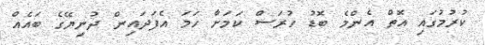
ކުރުމުގައި އޮތް އެންމެ ބޮޑު ހުރަސް ކަމަށާ ހަމަ އެފަދައިން ދުނިޔޭގެ ބައެއް